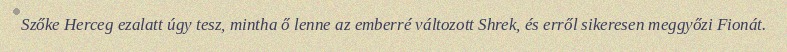
Szőke Herceg ezalatt úgy tesz, mintha ő lenne az emberré változott Shrek, és erről sikeresen meggyőzi Fionát.